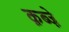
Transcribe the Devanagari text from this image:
क़ब्जे़